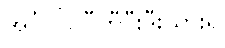
အင်္ဂလိပ်ဝီကီပီးဒီးယားရှိ